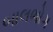
બાલભોગ